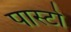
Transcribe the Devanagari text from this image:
पास्टो